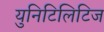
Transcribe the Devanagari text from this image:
युनिटिलिटिज